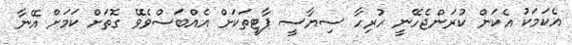
އެކަމަކު އެކަން ކުރަންޖެހޭނީ ހުރިހާ ސިޔާސީ ޕާޓީތަކަށް އެއްބަސްވެވޭ ގޮތަށް ކަމަށް އޭނާ